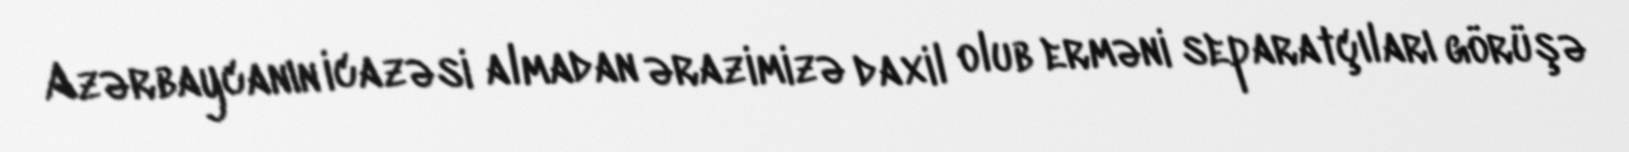
Azərbaycanın icazəsi almadan ərazimizə daxil olub erməni separatçıları görüşə